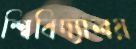
শ্বিবিদ্যালয়